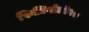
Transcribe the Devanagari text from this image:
फिज़ियोलोगस